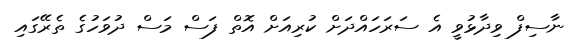
ނާސިފް ވިދާޅުވީ އެ ސަރަހައްދަށް ކުރިއަށް އޮތް ފަސް މަސް ދުވަހުގެ ތެރޭގައި